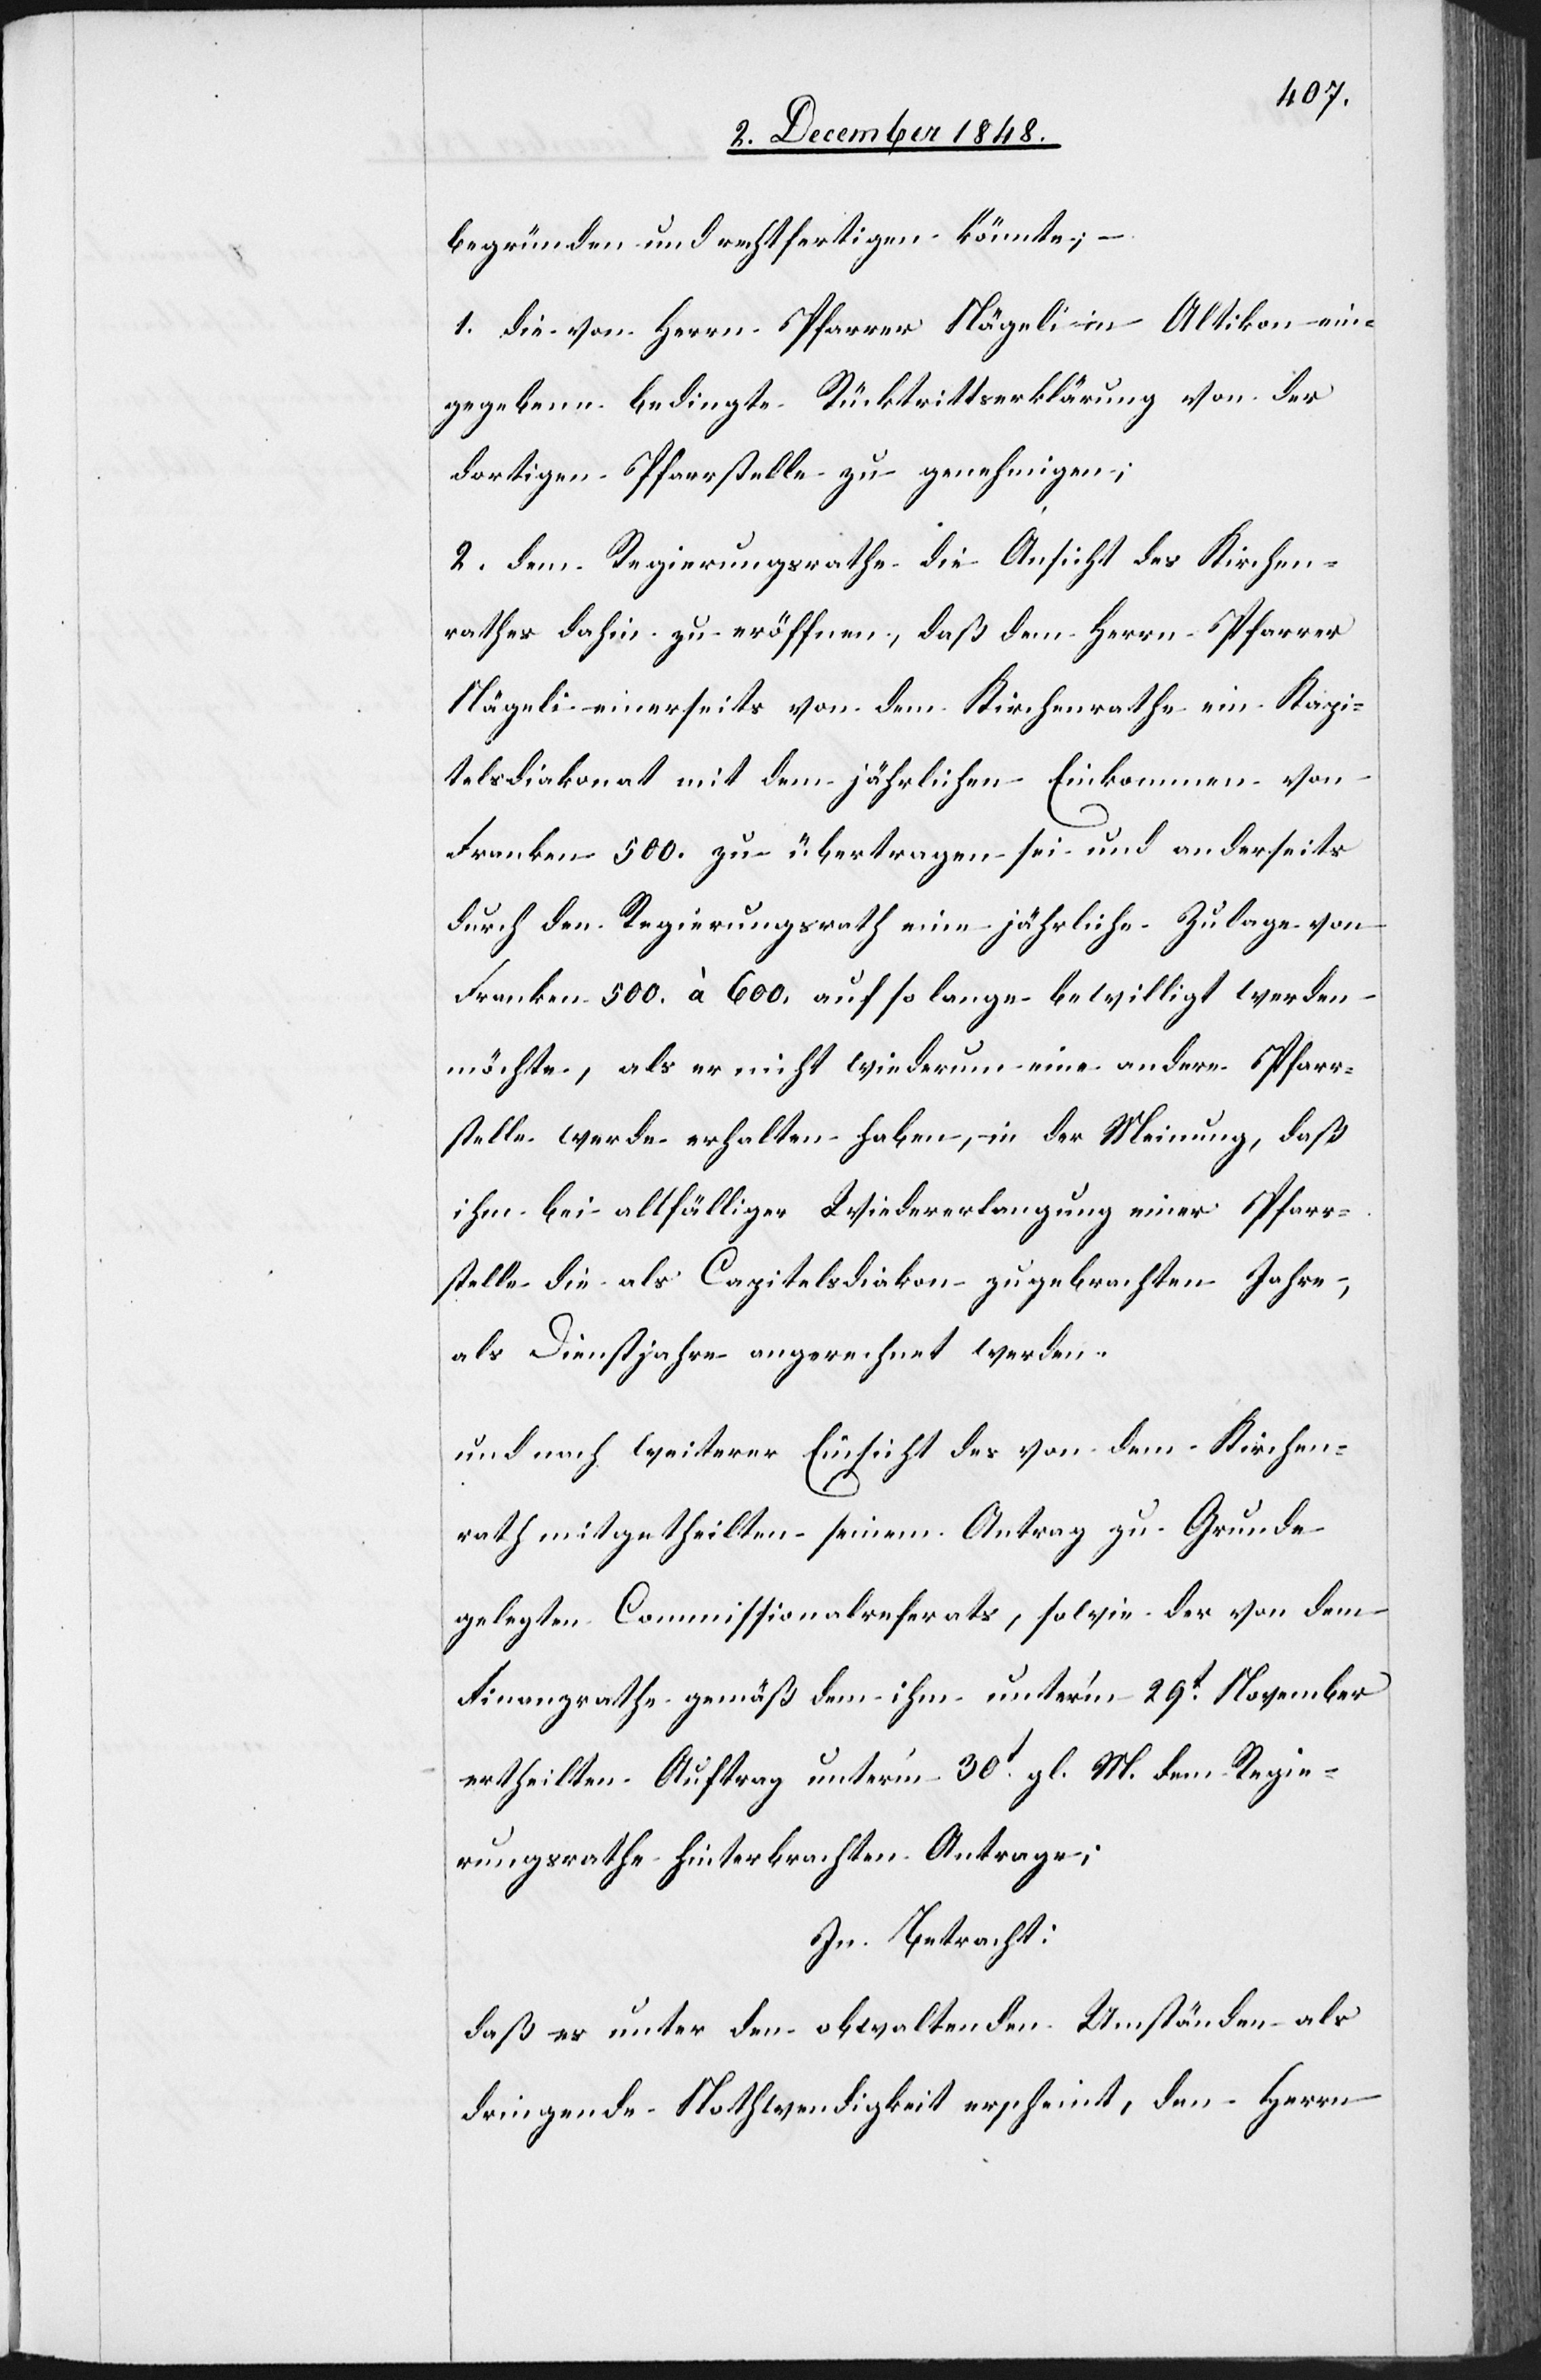
begründen und rechtfertigen könnte;
1. die von Herrn Pfarrer Nägeli in Altikon ein¬
gegebene bedingte Rücktrittserklärung von der
dortigen Pfarrstelle zu genehmigen;
2. dem Regierungsrathe die Ansicht des Kirchen¬
rathes dahin zu eröffnen, daß dem Herrn Pfarrer
Nägeli einerseits von dem Kirchenrathe ein Kapi¬
telsdiakonat mit dem jährlichen Einkommen von
Franken 500. zu übertragen sei und anderseits
durch den Regierungsrath eine jährliche Zulage von
Franken 500. à 600. auf so lange bewilligt werden
möchte, als er nicht wiederum eine andere Pfarr¬
stelle werde erhalten haben, in der Meinung, daß
ihm bei allfälliger Wiedererlangung einer Pfarr¬
stelle die als Capitelsdiakon zugebrachten Jahre,
als Dienstjahre angerechnet werden.
und nach weiterer Einsicht des von dem Kirchen¬
rath mitgetheilten seinem Antrag zu Grunde
gelegten Commissionalreferats, sowie der von dem
Finanzrathe gemäß dem ihm unter’m 29t November
ertheilten Auftrag unter’m 30t gl. M. dem Regie¬
rungsrathe hinterbrachten Antrage;
In Betracht:
daß es unter den obwaltenden Umständen als
dringende Nothwendigkeit erscheint, den Herrn